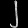
Digit: ၂